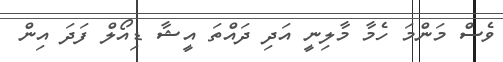
ވެސް މަންމަ ހެމާ މާލިނީ އަދި ދައްތަ އީޝާ ޑިއޯލް ފަދަ އިން